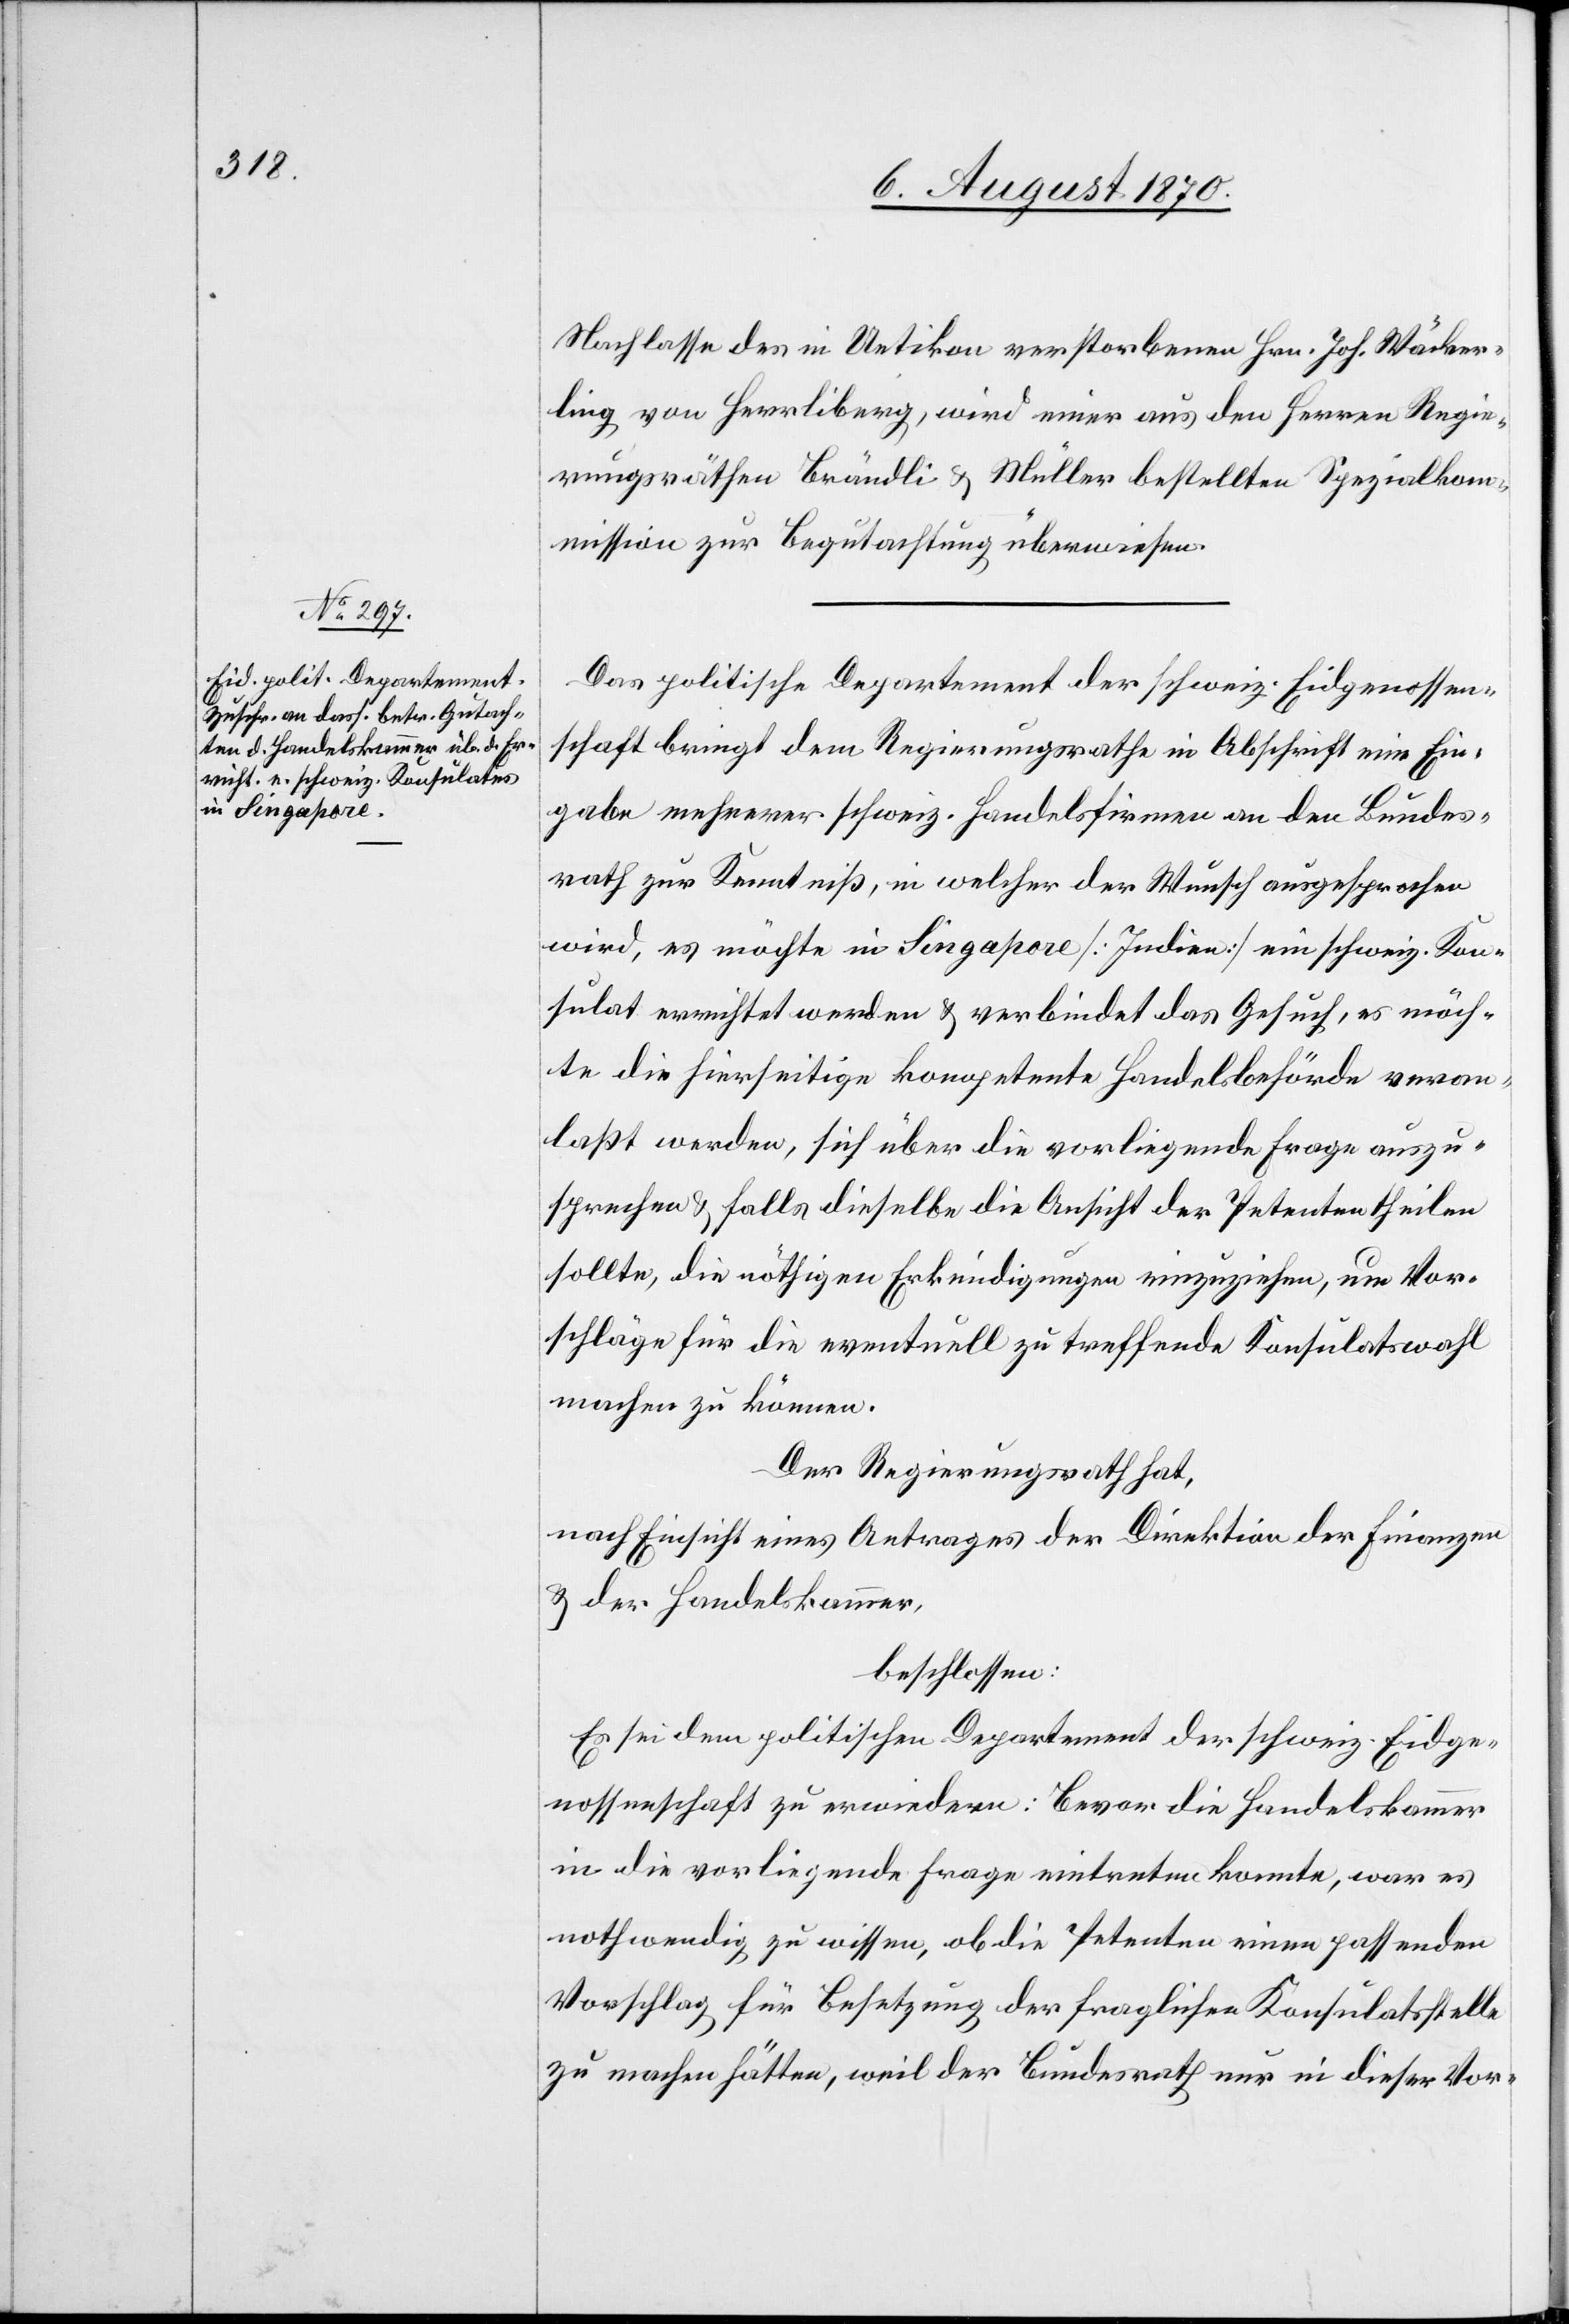
Nachlasse des in Uetikon verstorbenen Hrn. Joh. Wäcker¬
ling von Herrliberg, wird einer aus den Herren Regie¬
rungsräthen Brändli & Müller bestellten Spezialko¬
mmission zur Begutachtung überwiesen.
Das politische Departement der schweiz. Eidgenossen¬
schaft bringt dem Regierungsrathe die Abschrift einer Ein¬
gabe mehrerer schweiz. Handelsfirmen an den Bundes¬
rath zur Kenntniß, in welcher der Wunsch ausgesprochen
wird, es möchte in Singapore [Indien] ein schweiz. Kon¬
sulat errichtet werden & verbindet das Gesuch, es möch¬
te die hierseitige kompetente Handelsbehörde veran¬
laßt werden, sich über die vorliegende Frage auszu¬
sprechen & falls dieselbe die Ansicht der Petenten theilen
sollte, die nöthigen Erkundigungen einzuziehen, um Vor¬
schläge für die eventuell zu treffende Konsulatswahl
machen zu können.
Der Regierungsrath hat,
nach Einsicht eines Antrages der Direktion der Finanzen
& der Handelskammer,
beschlossen:
Es sei dem politischen Departement der schweiz. Eidge¬
nossenschaft zu erwiedern: Bevor die Handelskammer
in die vorliegende Frage eintreten konnte, war es
nothwendig zu wissen, ob die Petenten einen passenden
Vorschlag für Besetzung der fraglichen Konsulatsstelle
zu machen hätten, weil der Bundesrath nur in dieser Vor-